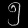
Digit: ၅